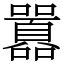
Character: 囂